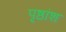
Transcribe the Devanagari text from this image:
पृष्ठांश